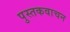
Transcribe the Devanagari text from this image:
पुस्तकवाचन